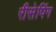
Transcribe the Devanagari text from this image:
रीसेपिंग